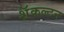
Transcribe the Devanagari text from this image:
शॅकल्टन